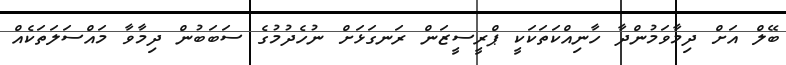
ބޭލް އަށް ދިމާވަމުންދާ ހާނިއްކަތަކަކީ ޕްރީސީޒަން ރަނގަޅަށް ނުހެދުމުގެ ސަބަބުން ދިމާވާ މައްސަލަތަކެއް